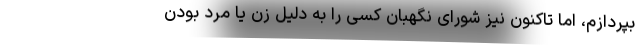
بپردازم، اما تاکنون نیز شورای نگهبان کسی را به دلیل زن یا مرد بودن